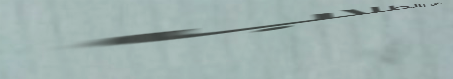
خاص بالطلاب